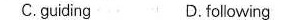
C.guding D.Following